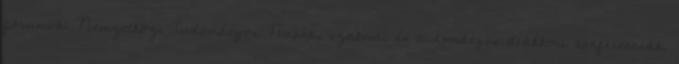
fórumok: Nemzetközi Tudományos Napok, szakmai és tudományos diákköri konferenciák.